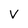
Character: V